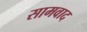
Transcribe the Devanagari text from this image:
सामवाद